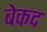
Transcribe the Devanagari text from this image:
बेकद